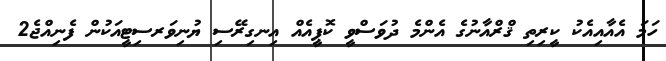
ހަމަ އެއާއިއެކު ކީރިތި ޤްރްއާނުގެ އެންމެ ދުވަސްވީ ކޮޕީއެއް އިނގިރޭސި ޔުނިވަރސިޓީއަކުން ފެނިއްޖެ2